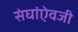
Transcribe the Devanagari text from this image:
संघांऐवजी